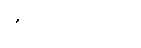
ကိုက်ညီအောင်